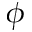
\phi